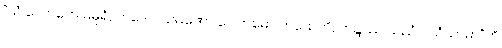
“ယံ လောကေ မဓုရံ, တဒေဝ သမဏော ဂေါတမော ကထေတိ, ဟန္ဒဿ ယညံ ပသံသာမာ”တိ